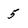
Character: 5